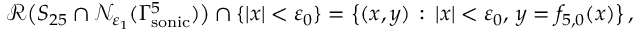
\begin{array} { r } { \mathcal { R } \big ( S _ { 2 5 } \cap \mathcal { N } _ { \varepsilon _ { 1 } } ( \Gamma _ { \mathrm { s o n i c } } ^ { 5 } ) \big ) \cap \{ | x | < \varepsilon _ { 0 } \} = \big \{ ( x , y ) \, : \, | x | < \varepsilon _ { 0 } , \, y = { f } _ { 5 , 0 } ( x ) \big \} \, , } \end{array}